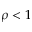
\rho < 1